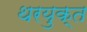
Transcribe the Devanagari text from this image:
थरयुक्त